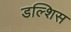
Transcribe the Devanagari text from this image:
डल्शिस